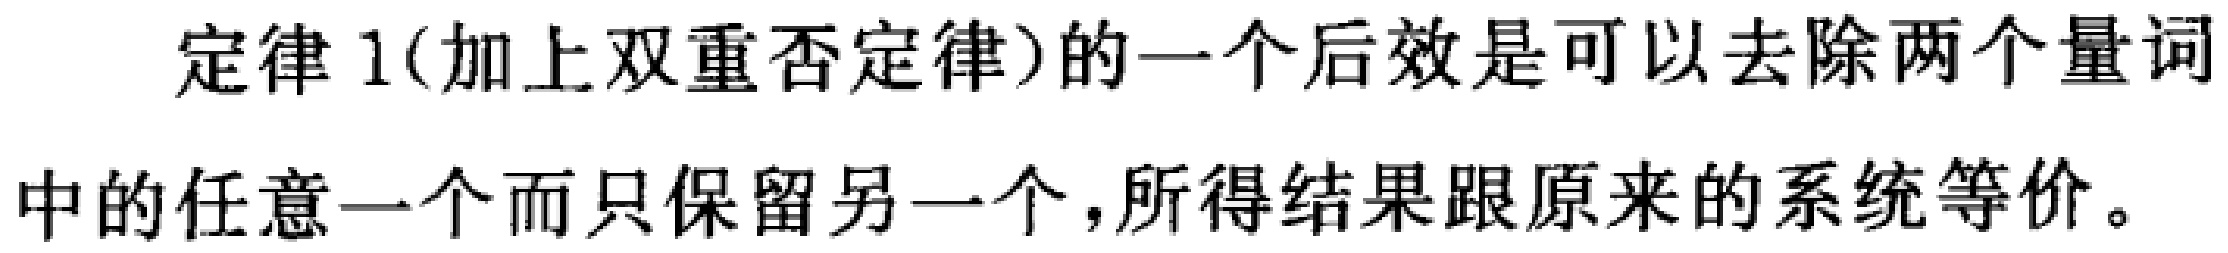
定律 1(加上双重否定律)的一个后效是可以去除两个量词中的任意一个而只保留另一个，所得结果跟原来的系统等价。